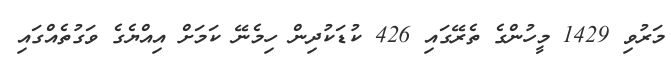
މަރުވި 1429 މީހުންގެ ތެރޭގައި 426 ކުޑަކުދިން ހިމެނޭ ކަމަށް އިއްޔެގެ ވަގުތެއްގައި